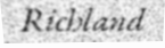
Richland